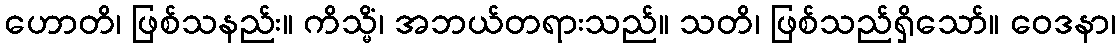
ဟောတိ၊ ဖြစ်သနည်း။ ကိသ္မိံ၊ အဘယ်တရားသည်။ သတိ၊ ဖြစ်သည်ရှိသော်။ ဝေဒနာ၊